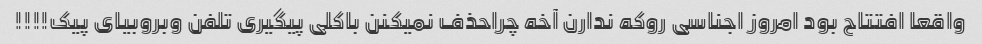
واقعا افتتاح بود امروز اجناسی روکه ندارن آخه چراحذف نمیکنن باکلی پیگیری ‌تلفن وبروبیای پیک!!!!